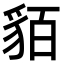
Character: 貊